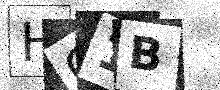
Text: HQ1B